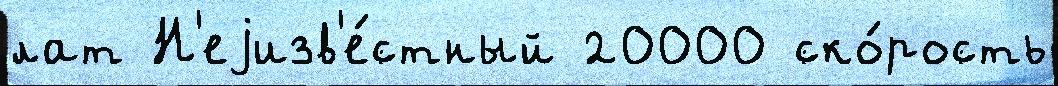
лат Н'еjизв'е́стный 20000 ско́рость